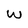
Character: W